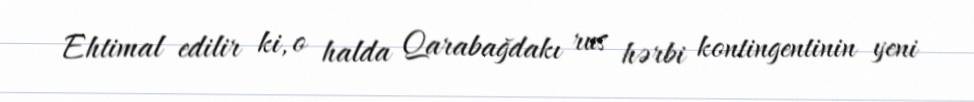
Ehtimal edilir ki, o halda Qarabağdakı rus hərbi kontingentinin yeni